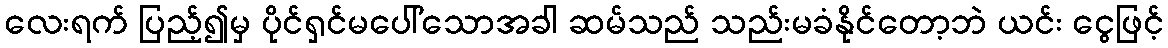
လေးရက် ပြည့်၍မှ ပိုင်ရှင်မပေါ်သောအခါ ဆမ်သည် သည်းမခံနိုင်တော့ဘဲ ယင်း ငွေဖြင့်